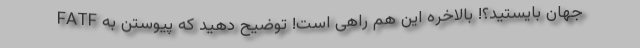
جهان بایستید؟! بالاخره این هم راهی است! توضیح دهید که پیوستن به FATF